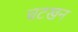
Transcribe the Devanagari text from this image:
चटखन